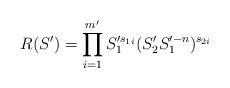
LaTeX: \begin{align*}R(S')=\prod^{m'}_{i=1} S'^{s_{1i}}_1 (S'_2 S'^{-n}_1)^{s_{2i}}\end{align*}